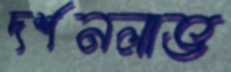
দর্শনলাভ